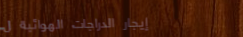
إيجار الدراجات الهوائية ل